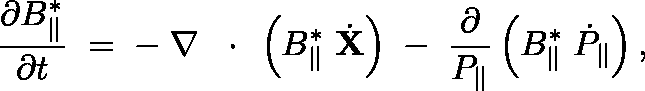
\frac { \partial B _ { \| } ^ { * } } { \partial t } \; = \; - \; \nabla \, \mathrm { ~ \boldmath ~ \cdot ~ } \, \left( B _ { \| } ^ { * } \; \dot { \bf X } \right) \; - \; \frac { \partial } { P _ { \| } } \left( B _ { \| } ^ { * } \; \dot { P } _ { \| } \right) ,